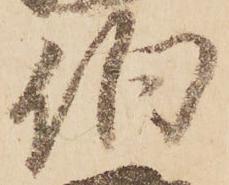
伯